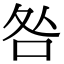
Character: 咎